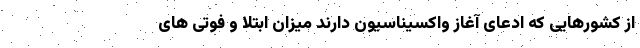
از کشورهایی که ادعای آغاز واکسیناسیون دارند میزان ابتلا و فوتی های